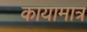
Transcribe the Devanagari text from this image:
कायामात्र